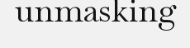
unmasking